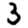
Digit: 3